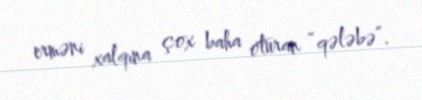
erməni xalqına çox baha oturan “qələbə”.